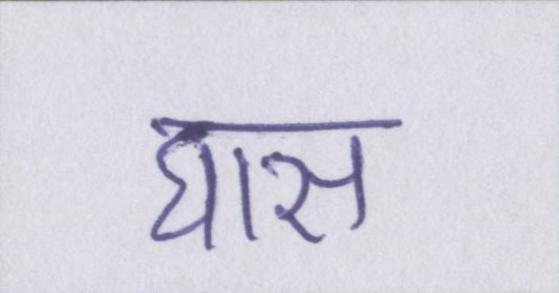
घास